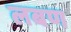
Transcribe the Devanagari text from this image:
लबण